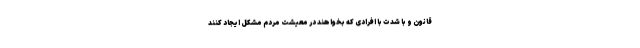
قانون و با شدت با افرادی که بخواهند در معیشت مردم مشکل ایجاد کنند